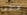
عندما